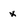
Character: x